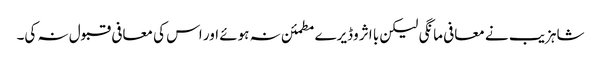
شاہزیب نے معافی مانگی لیکن با اثر وڈیرے مطمئن نہ ہوئے اور اس کی معافی قبول نہ کی۔